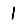
Digit: 1